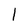
Character: l